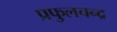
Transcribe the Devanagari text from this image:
प्रफुलचन्द्र